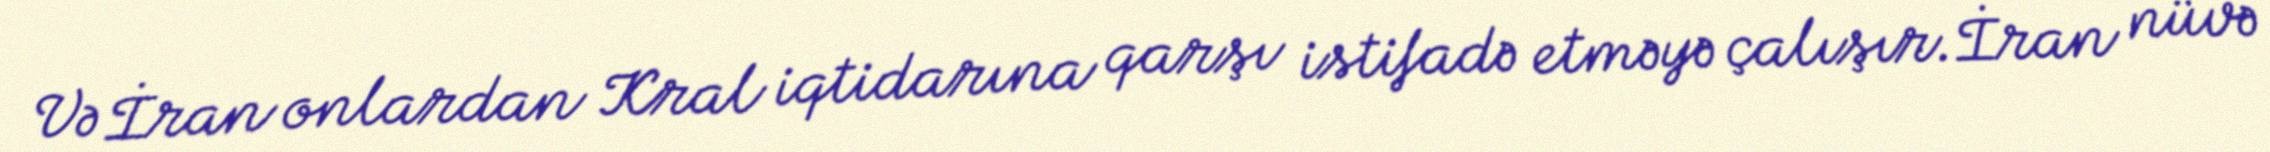
Və İran onlardan Kral iqtidarına qarşı istifadə etməyə çalışır.İran nüvə